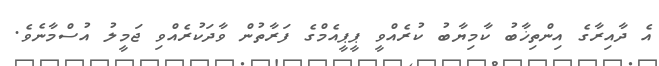
އެ ދާއިރާގެ އިންތިޚާބު ކާމިޔާބު ކުރެއްވީ ޕީޕީއެމްގެ ފަރާތުން ވާދަކުރެއްވި ޖަމީލު އުސްމާނެވެ.